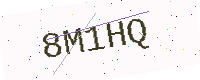
Text: 8M1HQ